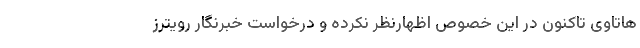
هاتاوی تاکنون در این خصوص اظهارنظر نکرده و درخواست خبرنگار رویترز